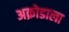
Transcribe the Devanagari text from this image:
अक्रोडाला